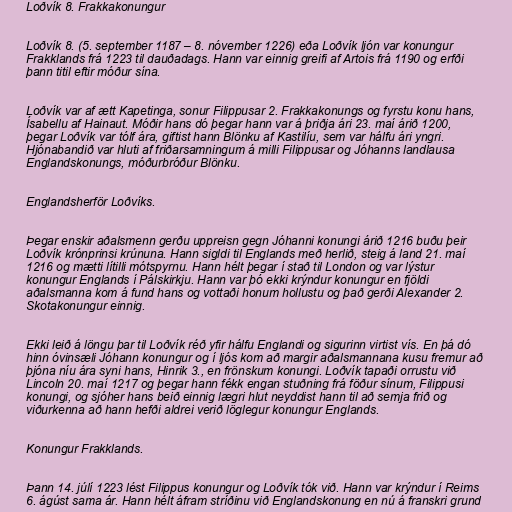
Loðvík 8. Frakkakonungur

Loðvík 8. (5. september 1187 – 8. nóvember 1226) eða Loðvík ljón var konungur
Frakklands frá 1223 til dauðadags. Hann var einnig greifi af Artois frá 1190 og erfði
þann titil eftir móður sína.

Loðvík var af ætt Kapetinga, sonur Filippusar 2. Frakkakonungs og fyrstu konu hans,
Ísabellu af Hainaut. Móðir hans dó þegar hann var á þriðja ári 23. maí árið 1200,
þegar Loðvík var tólf ára, giftist hann Blönku af Kastilíu, sem var hálfu ári yngri.
Hjónabandið var hluti af friðarsamningum á milli Filippusar og Jóhanns landlausa
Englandskonungs, móðurbróður Blönku.

Englandsherför Loðvíks.

Þegar enskir aðalsmenn gerðu uppreisn gegn Jóhanni konungi árið 1216 buðu þeir
Loðvík krónprinsi krúnuna. Hann sigldi til Englands með herlið, steig á land 21. maí
1216 og mætti lítilli mótspyrnu. Hann hélt þegar í stað til London og var lýstur
konungur Englands í Pálskirkju. Hann var þó ekki krýndur konungur en fjöldi
aðalsmanna kom á fund hans og vottaði honum hollustu og það gerði Alexander 2.
Skotakonungur einnig.

Ekki leið á löngu þar til Loðvík réð yfir hálfu Englandi og sigurinn virtist vís. En þá dó
hinn óvinsæli Jóhann konungur og í ljós kom að margir aðalsmannana kusu fremur að
þjóna níu ára syni hans, Hinrik 3., en frönskum konungi. Loðvík tapaði orrustu við
Lincoln 20. maí 1217 og þegar hann fékk engan stuðning frá föður sínum, Filippusi
konungi, og sjóher hans beið einnig lægri hlut neyddist hann til að semja frið og
viðurkenna að hann hefði aldrei verið löglegur konungur Englands.

Konungur Frakklands.

Þann 14. júlí 1223 lést Filippus konungur og Loðvík tók við. Hann var krýndur í Reims
6. ágúst sama ár. Hann hélt áfram stríðinu við Englandskonung en nú á franskri grund